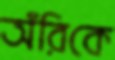
অঁরিকে